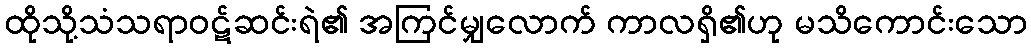
ထိုသို့သံသရာဝဋ်ဆင်းရဲ၏ အကြင်မျှလောက် ကာလရှိ၏ဟု မသိကောင်းသော